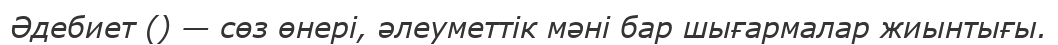
Әдебиет () — сөз өнері, әлеуметтік мәні бар шығармалар жиынтығы.